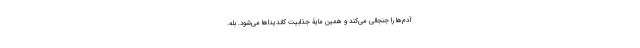
آدم‌ها را جنجالی می‌کند و همین مایۀ جذابیت کاندیداها می‌شود. بله.